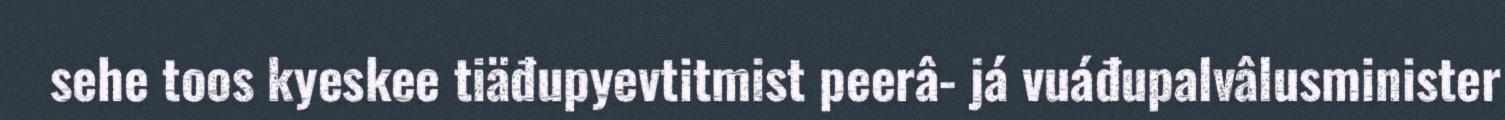
sehe toos kyeskee tiäđupyevtitmist peerâ- já vuáđupalvâlusminister